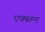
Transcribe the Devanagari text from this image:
एक्सम